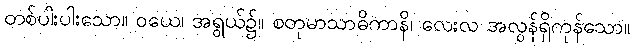
တစ်ပါးပါးသော။ ဝယေ၊ အရွယ်၌။ စတုမာသာဓိကာနိ၊ လေးလ အလွန်ရှိကုန်သော။